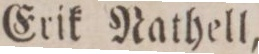
Erik Nathell,